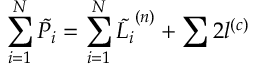
\sum _ { i = 1 } ^ { N } \tilde { P _ { i } } = \sum _ { i = 1 } ^ { N } \tilde { L _ { i } } ^ { ( n ) } + \sum 2 l ^ { ( c ) }